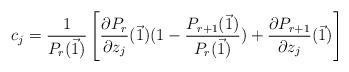
LaTeX: \begin{align*}c_j = \frac{1}{P_{r}(\vec{1})} \left[ \frac{\partial P_r}{\partial z_j}(\vec{1})(1-\frac{P_{r+1}(\vec{1})}{P_r(\vec{1})}) + \frac{\partial P_{r+1}}{\partial z_j}(\vec{1})\right]\end{align*}